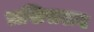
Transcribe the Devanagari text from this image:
लखिसराय